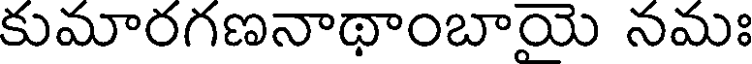
కుమారగణనాథాంబాయె నమః